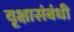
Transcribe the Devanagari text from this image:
वृक्षासंबंधी